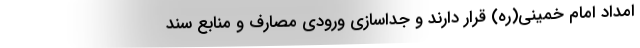
امداد امام خمینی(ره) قرار دارند و جداسازی ورودی مصارف و منابع سند